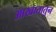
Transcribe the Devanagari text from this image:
आखातातुन